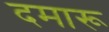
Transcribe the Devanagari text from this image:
दमारू